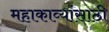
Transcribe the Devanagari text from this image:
महाकाव्यांसाठी